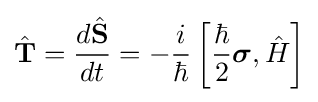
{\hat {\mathbf {T} }}={\frac {d{\hat {\mathbf {S} }}}{dt}}=-{\frac {i}{\hbar }}\left[{\frac {\hbar }{2}}{\boldsymbol {\sigma }},{\hat {H}}\right]